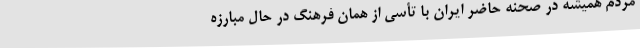
مردم همیشه در صحنه حاضر ایران با تأسی از همان فرهنگ در حال مبارزه